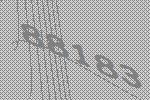
88183